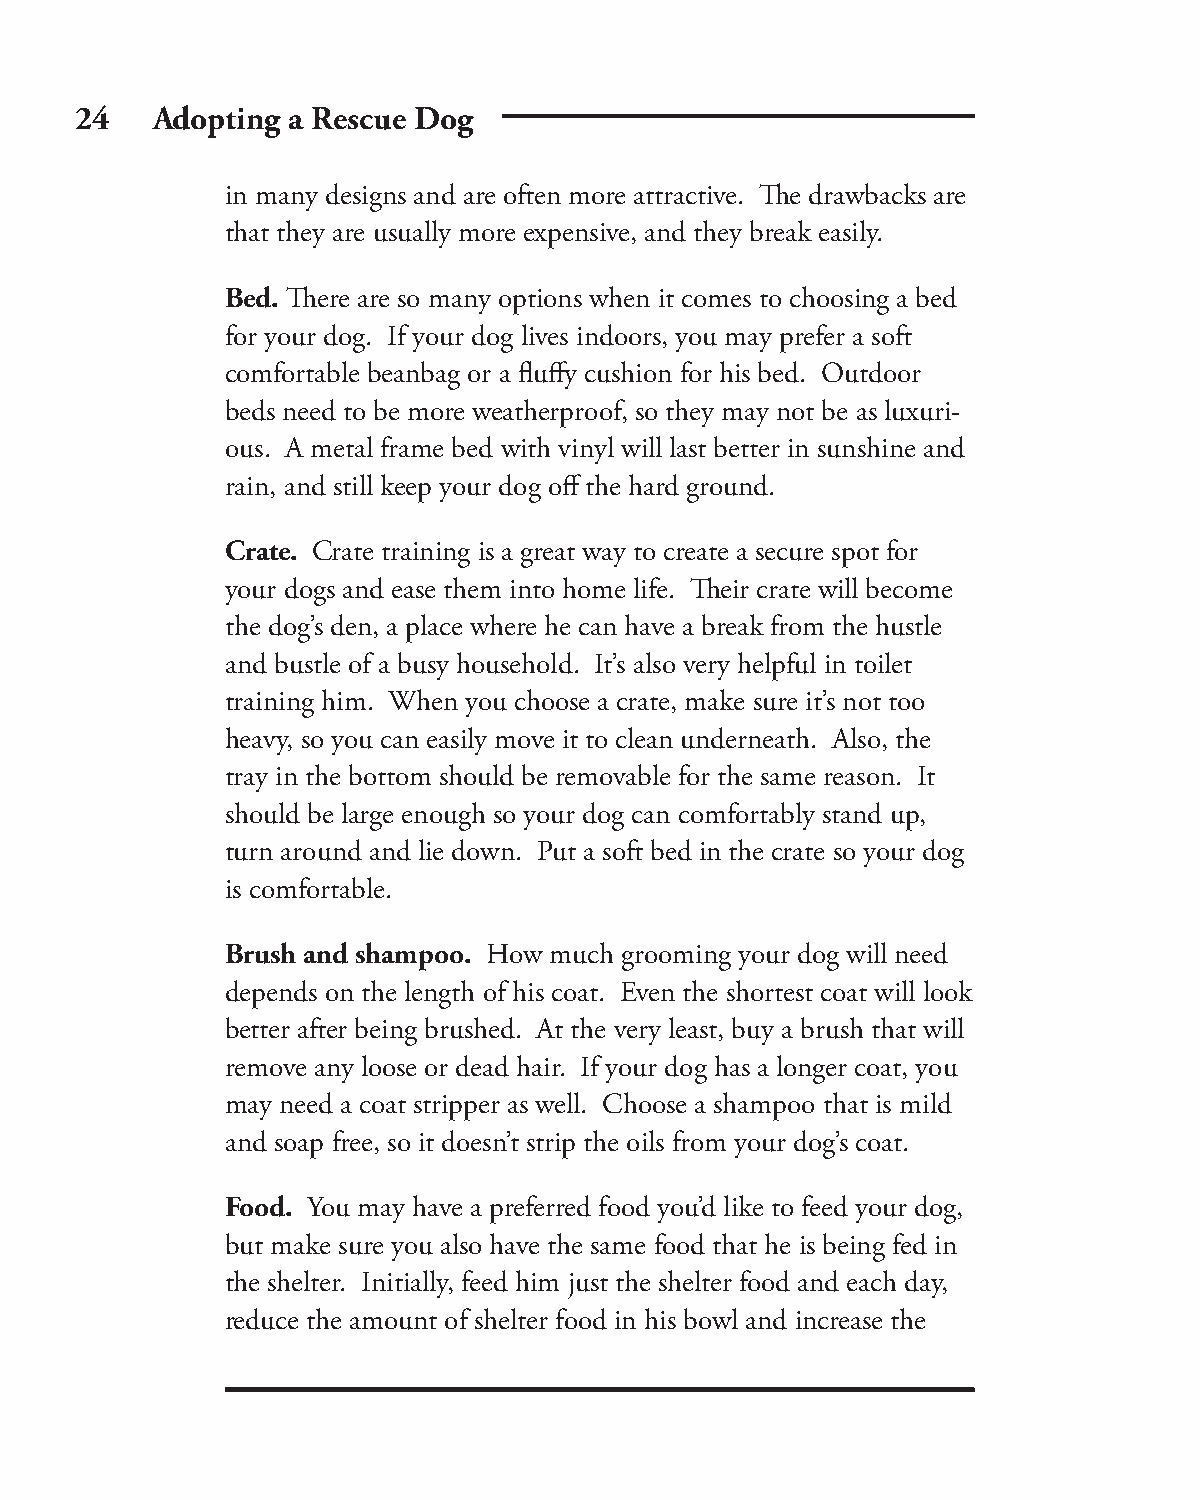
24   Adopting a Rescue Dog
 in many designs and are often more attractive. Th e drawbacks are
 that they are usually more expensive, and they break easily.
 Bed. Th ere are so many options when it comes to choosing a bed
 for your dog. If your dog lives indoors, you may prefer a soft
 comfortable beanbag or a fl uff y cushion for his bed. Outdoor
 beds need to be more weatherproof, so they may not be as luxuri-
 ous. A metal frame bed with vinyl will last better in sunshine and
 rain, and still keep your dog off the hard ground.
 Crate. Crate training is a great way to create a secure spot for
 your dogs and ease them into home life. Th eir crate will become
 the dog’s den, a place where he can have a break from the hustle
 and bustle of a busy household. It’s also very helpful in toilet
 training him. When you choose a crate, make sure it’s not too
 heavy, so you can easily move it to clean underneath. Also, the
 tray in the bottom should be removable for the same reason. It
 should be large enough so your dog can comfortably stand up,
 turn around and lie down. Put a soft bed in the crate so your dog
 is comfortable.
 Brush and shampoo. How much grooming your dog will need
 depends on the length of his coat. Even the shortest coat will look
 better after being brushed. At the very least, buy a brush that will
 remove any loose or dead hair. If your dog has a longer coat, you
 may need a coat stripper as well. Choose a shampoo that is mild
 and soap free, so it doesn’t strip the oils from your dog’s coat.
 Food. You may have a preferred food you’d like to feed your dog,
 but make sure you also have the same food that he is being fed in
 the shelter. Initially, feed him just the shelter food and each day,
 reduce the amount of shelter food in his bowl and increase the